Scotch Education Department, 1915
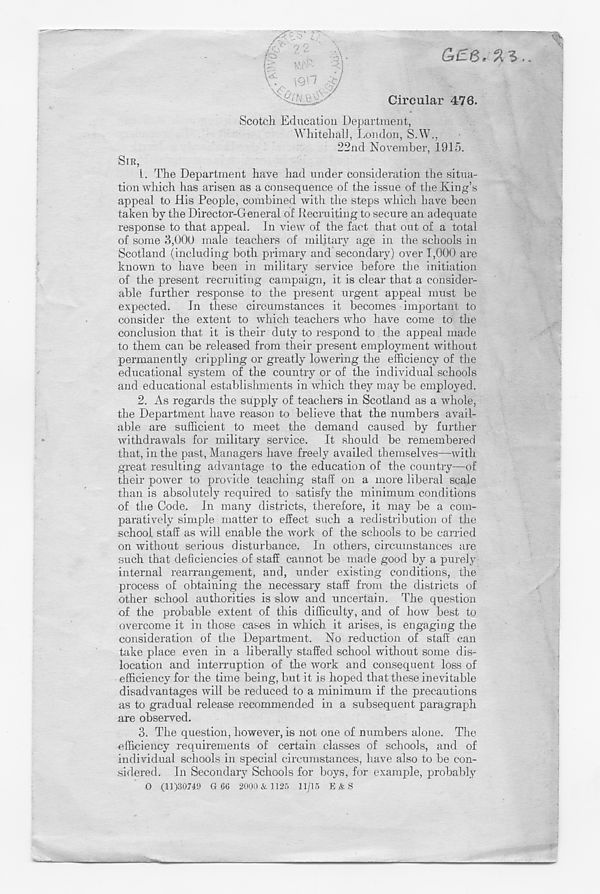
G£6. %■*>.
'.. \9H d
\£ /~j .
. '
Circular 476.
Scotch Education Department,
WhitehalJ, London, S.W.,
22nd November, 1915.
SIR,
L. The Department have had under consideration the situa-
tion which has arisen as a consequence of the issue of the King’s
appeal to His People, combined with the steps which have been
taken by the Director-General of Recruiting to secure an adequate
response to that appeal. In view of the fact that out of a total
of some 3,000 male teachers of military age in the schools in
Scotland (including both primary and secondary) over 1,000 are
known to have been in military service before the initiation
of the present recruiting campaign, it is clear that a consider-
able further response to the present urgent appeal must be
expected. In these circumstances it becomes important to
consider the extent to which teachers who have come to the
conclusion that it is their duty to respond to the appeal made
to them can be released from their present employment without
permanently crippling or greatly lowering the efficiency of the
educational system of the country or of the individual schools
and educational establishments in which they maybe employed.
2. As regards the supply of teachers in Scotland as a whole,
the Department have reason to believe that the numbers avail-
able are sufficient to meet the demand caused by further
withdrawals for military service. It should be remembered
that, in the past, Managers have freely availed themselves—with
great resulting advantage to the education of the country—of
their power to provide teaching staff on a more liberal scale
than is absolutely required to satisfy the minimum conditions
of the Code. In many districts, therefore, it may be a com-
paratively simple matter to effect such a redistribution of the
school staff as will enable the work of the schools to be carried
on without serious disturbance. In others, circumstances are
such that deficiencies of staff cannot be made good by a purely
internal rearrangement, and, under existing conditions, the
process of obtaining the necessary staff from the districts of
other school authorities is slow and uncertain. The question
of the probable extent of this difficulty, and of how best to
overcome it in those cases in which it arises, is engaging the
consideration of the Department. No reduction of staff can
take place even in a liberally staffed school without some dis-
location and interruption of the work and consequent loss of
efficiency for the time being, but it is hoped that these inevitable
disadvantages will be reduced to a minimum if the precautions
as to gradual release recommended in a subsequent paragraph
are observed.
3. The question, however, is not one of numbers alone. The
efficiency requirements of certain classes of schools, and of
individual schools in special circumstances, have also to be con-
sidered. In Secondary Schools for boys, for example, probably
O (11)30749 G 66 2000 & 1125 11/15 E .& S